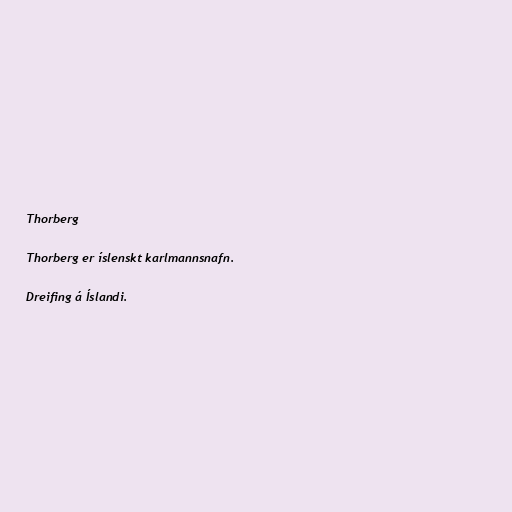
Thorberg

Thorberg er íslenskt karlmannsnafn.

Dreifing á Íslandi.